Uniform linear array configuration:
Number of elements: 16
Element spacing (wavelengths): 0.75
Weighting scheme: cosine
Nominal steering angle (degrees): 45
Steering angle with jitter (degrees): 45.245
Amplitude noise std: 0.05
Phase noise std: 0.05

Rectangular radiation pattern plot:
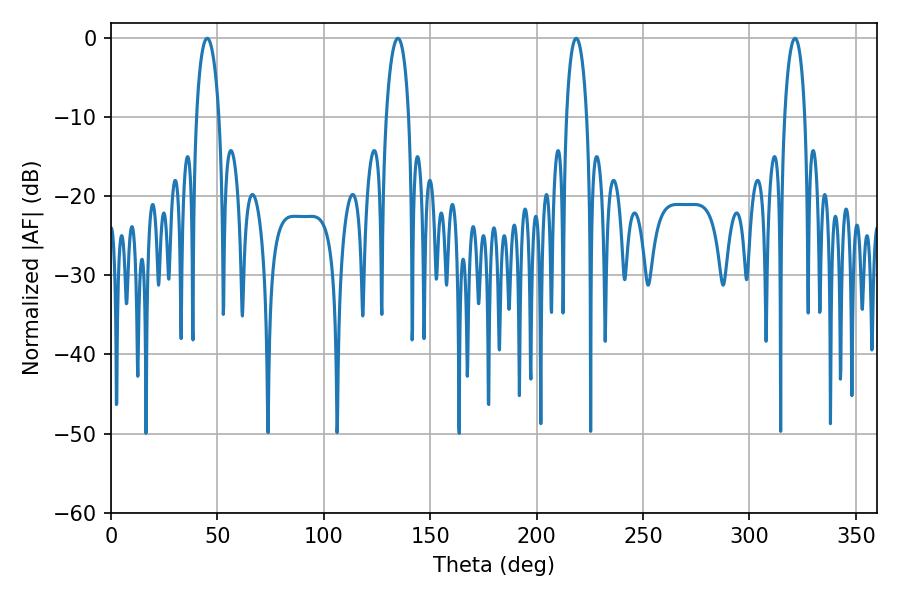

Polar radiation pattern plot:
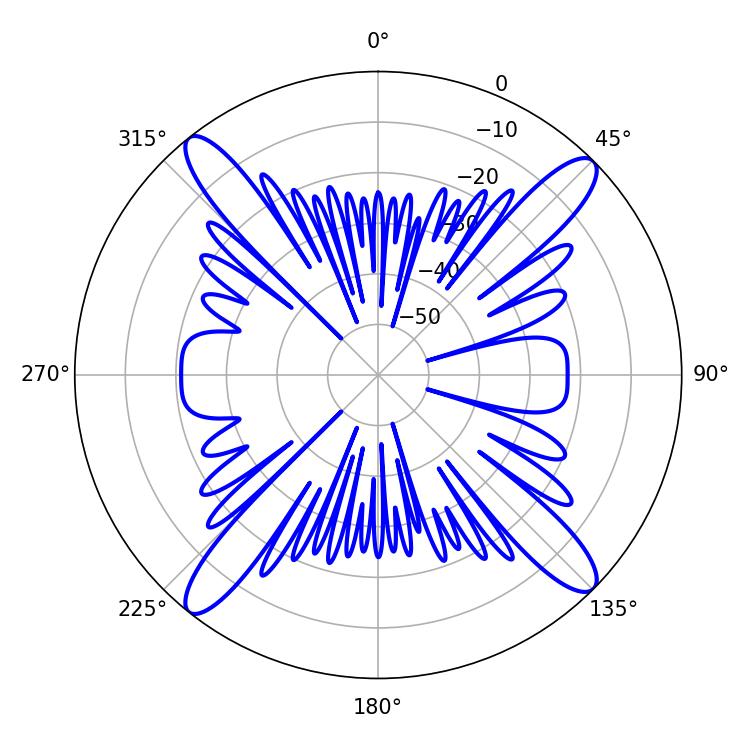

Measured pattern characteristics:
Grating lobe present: TRUE
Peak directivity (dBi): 17.83
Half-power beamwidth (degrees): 5.94
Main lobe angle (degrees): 45.18